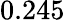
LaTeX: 0.245